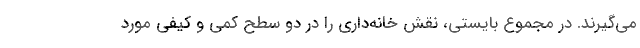
می‌گیرند. در مجموع بایستی، نقش خانه‌داری را در دو سطح کمی و کیفی مورد